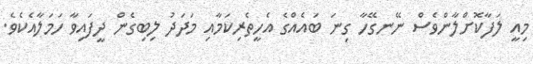
މިއީ ލަފާކޮށްލާންވެސް ނޭނގޭހާ ގިނަ ބައެއްގެ އެހީތެރިކަމާއި މަދަދު ލިބިގެން ދީފައިވާ ހަމަލާއެކެވެ.